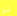
لو